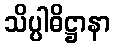
သိပ္ပါဓိဋ္ဌာနာ